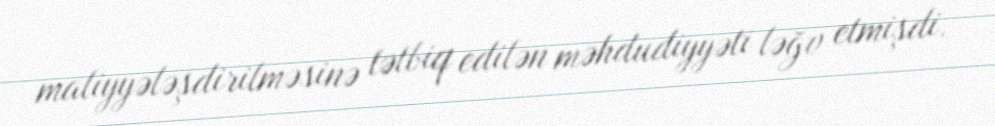
maliyyələşdirilməsinə tətbiq edilən məhdudiyyəti ləğv etmişdi.